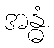
အန္ဓံ